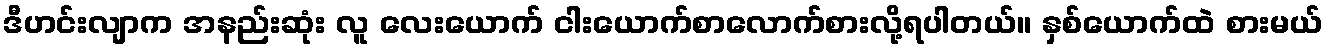
ဒီဟင်းလျာက အနည်းဆုံး လူ လေးယောက် ငါးယောက်စာလောက်စားလို့ရပါတယ်။ နှစ်ယောက်ထဲ စားမယ်